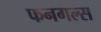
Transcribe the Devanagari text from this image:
फनगल्स